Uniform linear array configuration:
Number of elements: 4
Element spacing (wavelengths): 0.75
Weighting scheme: exponential
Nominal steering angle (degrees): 15
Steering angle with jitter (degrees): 14.269
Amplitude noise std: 0.05
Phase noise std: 0.05

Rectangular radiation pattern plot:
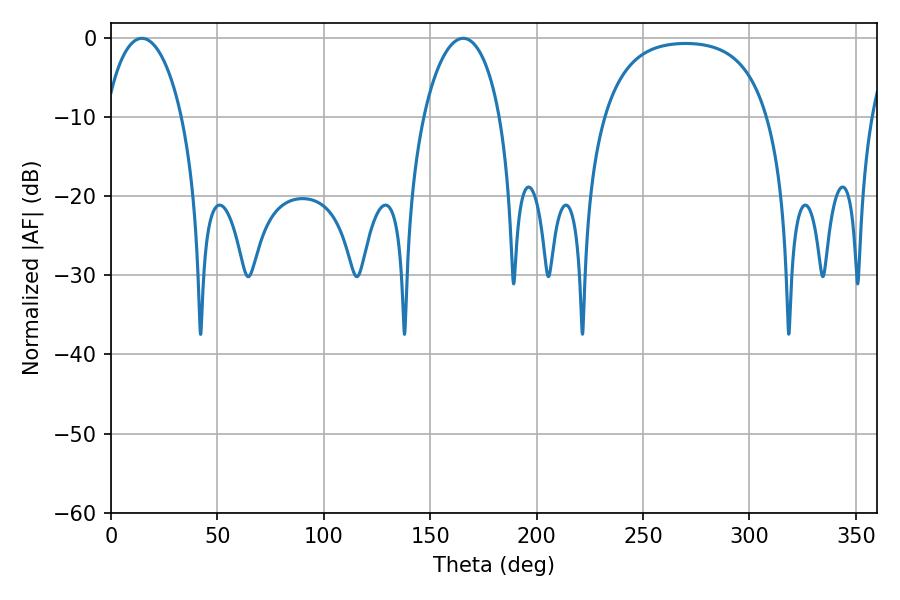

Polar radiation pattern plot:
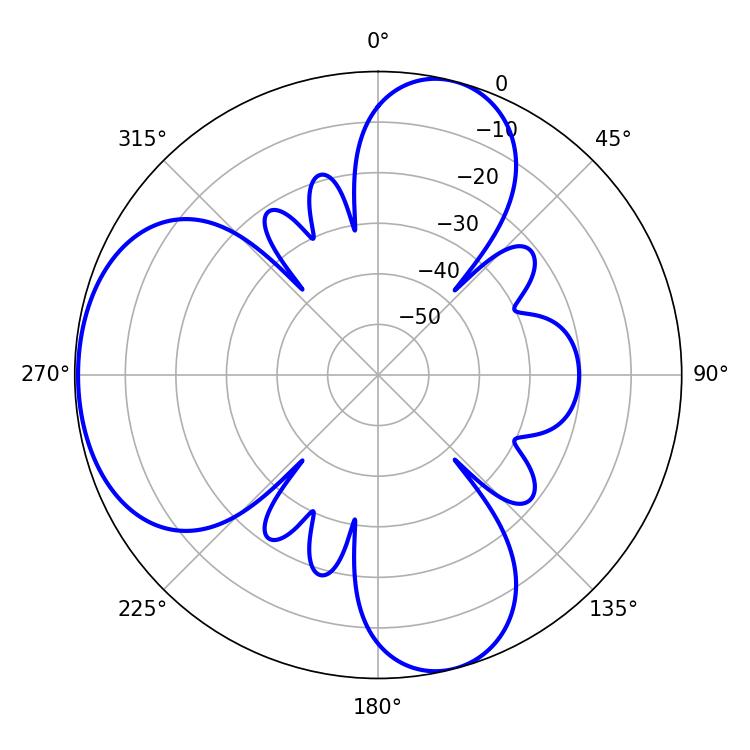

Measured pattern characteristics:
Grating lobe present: TRUE
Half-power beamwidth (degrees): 20.52
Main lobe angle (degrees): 14.58